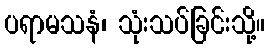
ပရာမသနံ၊ သုံးသပ်ခြင်းသို့။